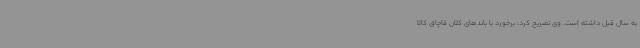
به سال قبل داشته است. وی تصریح کرد: برخورد با باندهای کلان قاچاق کالا